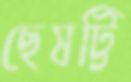
ছেষট্টি